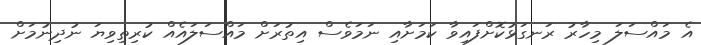
އެ މައްސަލަ މިހާރު ރަނގަޅުކޮށްފައިވާ ކަމަށާއި ނަމަވެސް އިތުރަށް މައްސަލައެއް ކުރިތިވިޔަ ނުދިނުމަށް